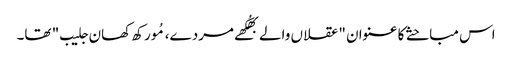
اس مباحثے کا عنوان "عقلاں والے بھُکھے مردے، مُورکھ کھان جلیب" تھا۔